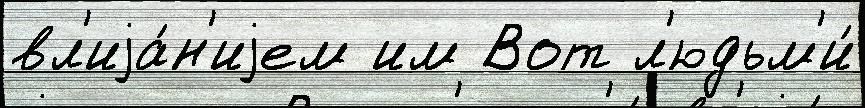
вл'иjа́н'иjем им Вот л'юдьм'и́